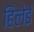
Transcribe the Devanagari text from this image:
हिलेई